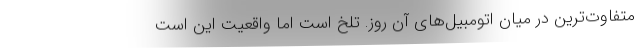
متفاوت‌ترین در میان اتومبیل‌های آن روز. تلخ است اما واقعیت این است